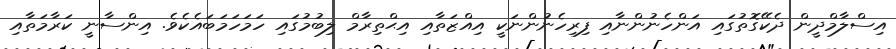
އިސްލާމްދީން ދެކޭގޮތުގައި އަންހެނުންނާއި ފިރިހެނުންނަކީ އިއްޒަތާއި އިޙްތިރާމް ލިބުމުގައި ހަމަހަމަބައެކެވެ. އިންސާނީ ކަރާމަތާއި